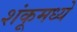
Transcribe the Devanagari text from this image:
शंकूमध्ये